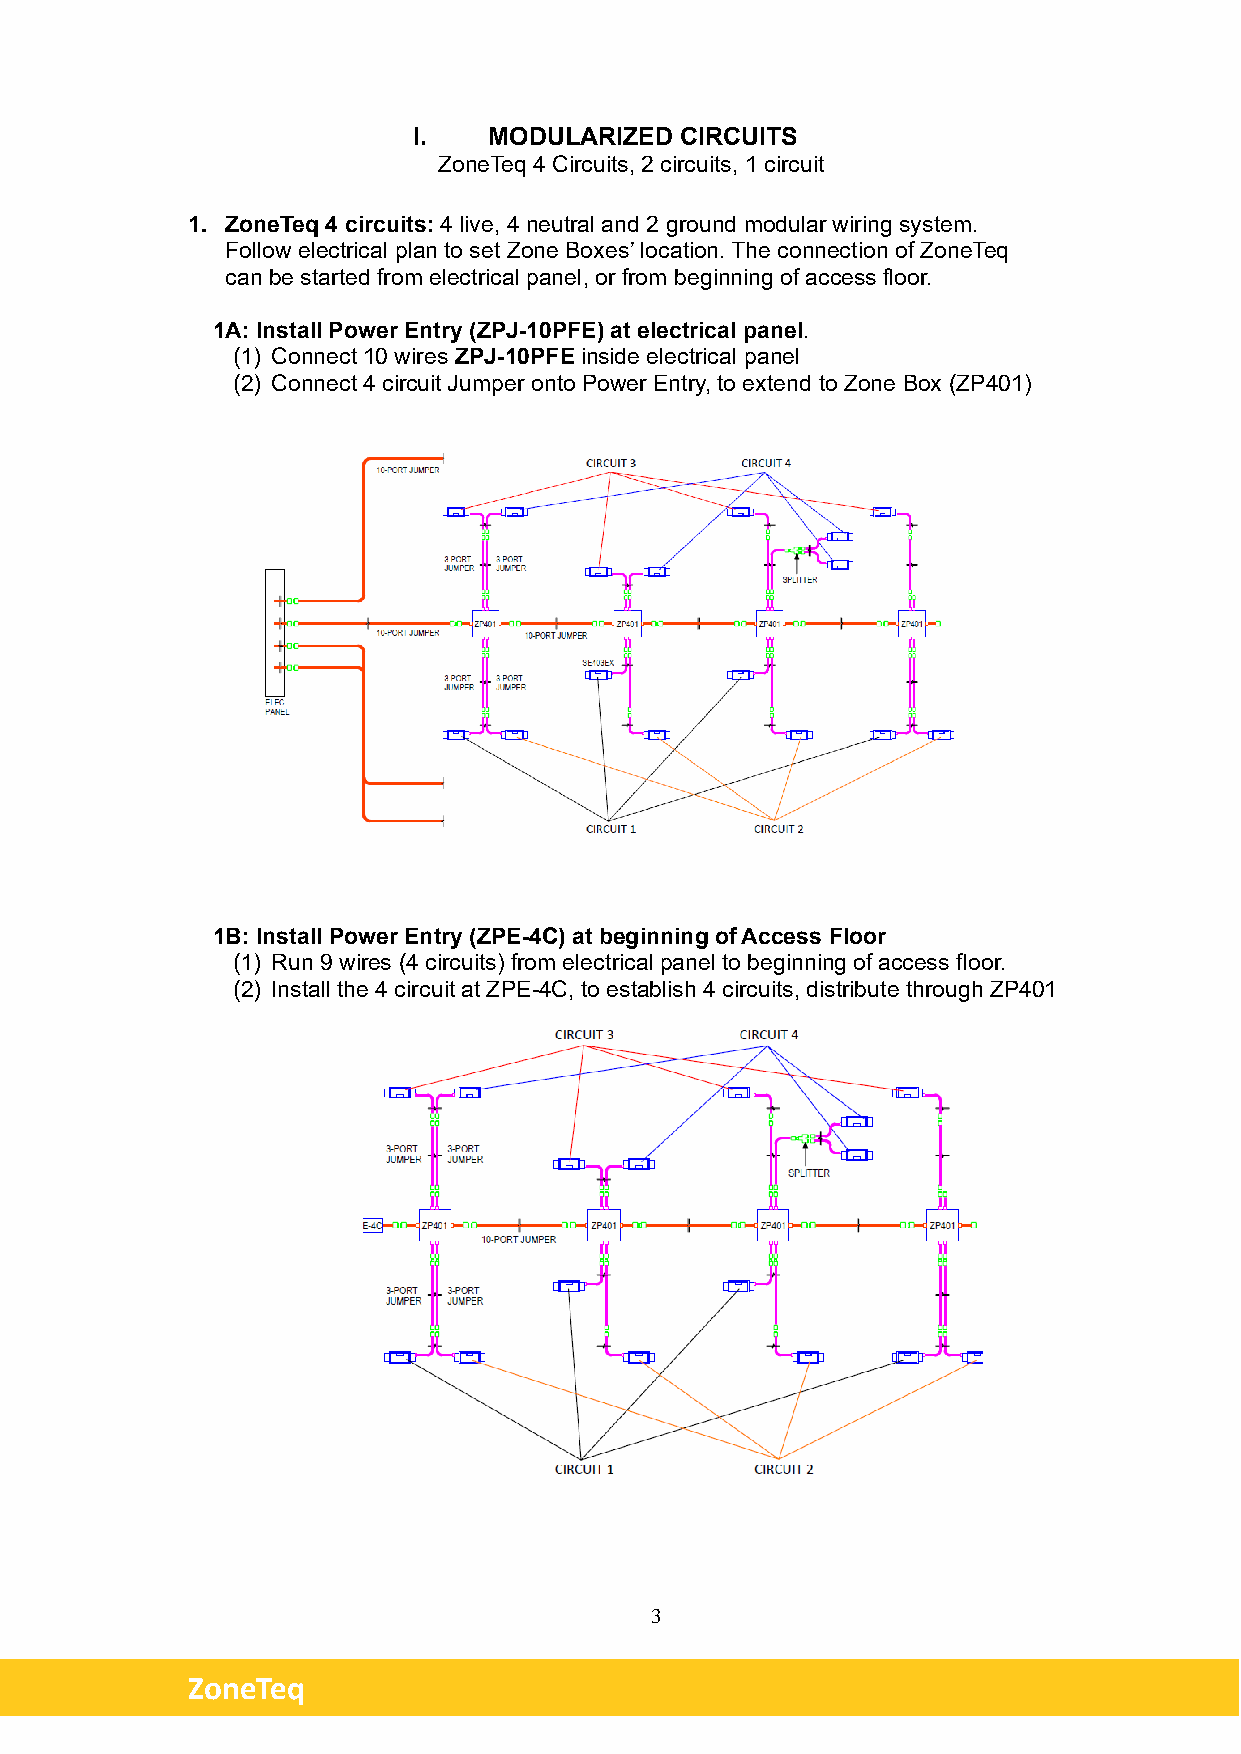
I.   MODULARIZED  CIRCUITS
 ZoneTeq 4 Circuits, 2 circuits, 1 circuit
 1. ZoneTeq 4 circuits: 4 live, 4 neutral and 2 ground modular wiring system.
 Follow electrical plan to set Zone Boxes’ location. The connection of ZoneTeq
 can be started from electrical panel, or from beginning of access floor.
 1A: Install Power Entry (ZPJ-10PFE) at electrical panel.
 (1) Connect 10 wires ZPJ-10PFE inside electrical panel
 (2) Connect 4 circuit Jumper onto Power Entry, to extend to Zone Box (ZP401)
 1B: Install Power Entry (ZPE-4C) at beginning of Access Floor
 (1) Run 9 wires (4 circuits) from electrical panel to beginning of access floor.
 (2) Install the 4 circuit at ZPE-4C, to establish 4 circuits, distribute through ZP401
 3
 ZoneTeq